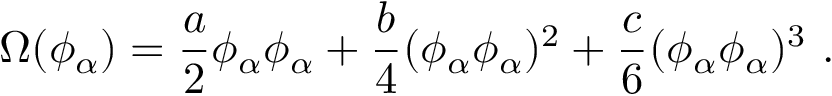
\Omega ( \phi _ { \alpha } ) = \frac a 2 \phi _ { \alpha } \phi _ { \alpha } + \frac b 4 ( \phi _ { \alpha } \phi _ { \alpha } ) ^ { 2 } + \frac c 6 ( \phi _ { \alpha } \phi _ { \alpha } ) ^ { 3 } \ .